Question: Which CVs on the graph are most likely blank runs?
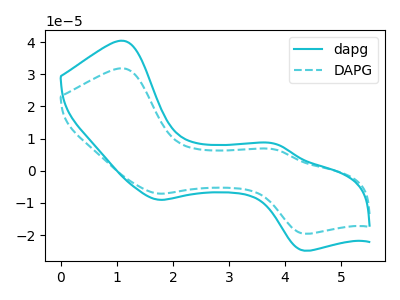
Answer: <think>The cyan curve "dapg" has anodic peaks at (1.10V, 40.45uA) (3.85V, 8.35uA) and cathodic peaks at (1.75V, -9.05uA) (4.35V, -24.85uA). The cyan dashed curve "DAPG" has anodic peaks at (1.10V, 31.85uA) (3.85V, 6.55uA) and cathodic peaks at (1.75V, -7.10uA) (4.35V, -19.55uA).</think>
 <answer>There are not any CV's on this graph that are likely to be blanks.</answer>
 <eval>none</eval>